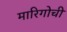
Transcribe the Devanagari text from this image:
मारिगोची